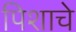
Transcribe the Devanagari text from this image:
पिशाचे